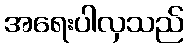
အရေးပါလှသည်